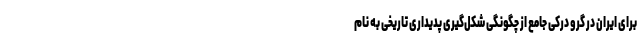
برای ایران در گرو درکی جامع از چگونگی شکل‌گیری پدیداری تاریخی به نام